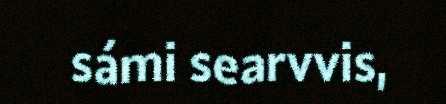
sámi searvvis,